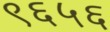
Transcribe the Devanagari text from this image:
९६५६